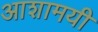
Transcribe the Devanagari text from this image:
आशामयी